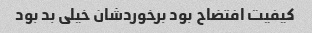
کیفیت افتضاح بود برخوردشان خیلی بد بود